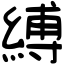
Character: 縛